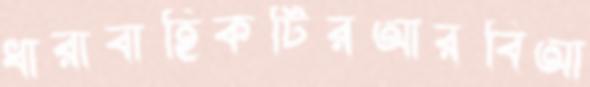
ধারাবাহিকটিরআরবিআ